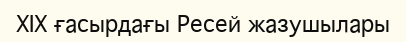
XIX ғасырдағы Ресей жазушылары